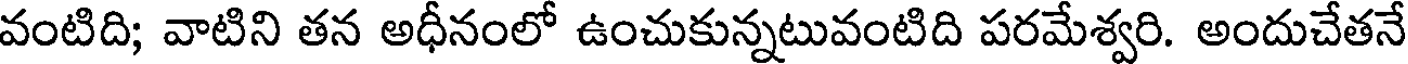
వంటిది; వాటిని తన అధీనంలో ఉంచుకున్నటువంటిది పరమేశ్వరి. అందుచేతనే